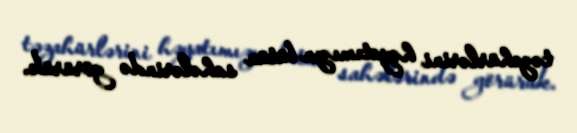
təzahürlərini həyatımızın bütün sahələrində görürük.